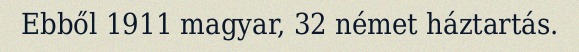
Ebből 1911 magyar, 32 német háztartás.